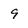
Character: 9